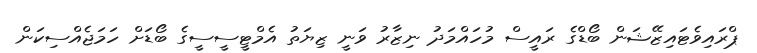
ޕްރައިވެޓައިޒޭޝަން ބޯޑްގެ ރައީސް މުހައްމަދު ނިޒާރު ވަނީ ޒިޔަތު އެމްޓީސީސީގެ ބޯޑަށް ހަމަޖެއްސިކަން